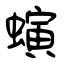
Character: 螾